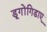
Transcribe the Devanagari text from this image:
डूगोंगिडाए